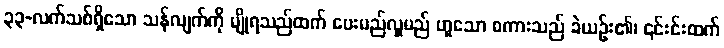
၃၃-လက်သစ်ရှိသော သန်လျက်ကို မျိုရသည်ထက် ပေးမည်လှူမည် ဟူသော စကားသည် ခဲယဉ်း၏၊ ၎င်းင်းထက်